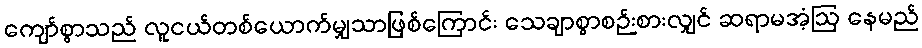
ကျော်စွာသည် လူငယ်တစ်ယောက်မျှသာဖြစ်ကြောင်း သေချာစွာစဉ်းစားလျှင် ဆရာမအံ့ဩ နေမည်